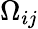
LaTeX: \Omega_{ij}